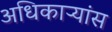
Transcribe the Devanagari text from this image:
अधिकाऱ्यांस